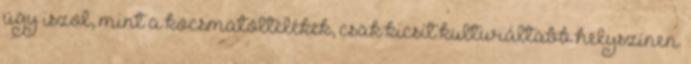
úgy iszol, mint a kocsmatöltelékek, csak kicsit kulturáltabb helyszínen.